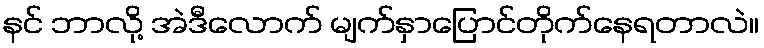
နင် ဘာလို့ အဲဒီလောက် မျက်နှာပြောင်တိုက်နေရတာလဲ။